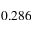
0 . 2 8 6